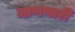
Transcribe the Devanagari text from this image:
जाणणारी